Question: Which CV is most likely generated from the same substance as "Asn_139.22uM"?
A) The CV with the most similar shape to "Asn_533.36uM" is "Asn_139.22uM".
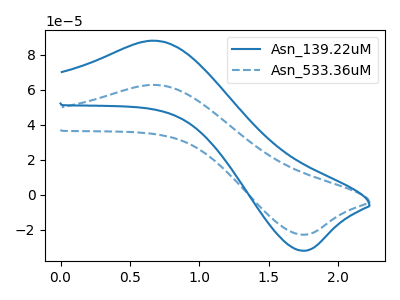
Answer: <think>The blue curve "Asn_139.22uM" has an anodic peak at (0.65V, 88.15uA) and a cathodic peak at (1.75V, -32.00uA). The blue dashed curve "Asn_533.36uM" has an anodic peak at (0.65V, 62.85uA) and a cathodic peak at (1.75V, -22.85uA).
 All the peaks in "Asn_139.22uM" have a peak in "Asn_533.36uM" at the same potential. Every peak in "Asn_139.22uM" is higher than every peak in "Asn_533.36uM".</think>
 <answer>A) The CV with the most similar shape to "Asn_533.36uM" is "Asn_139.22uM".</answer>
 <eval>A</eval>